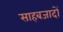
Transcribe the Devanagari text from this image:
साहबजादों